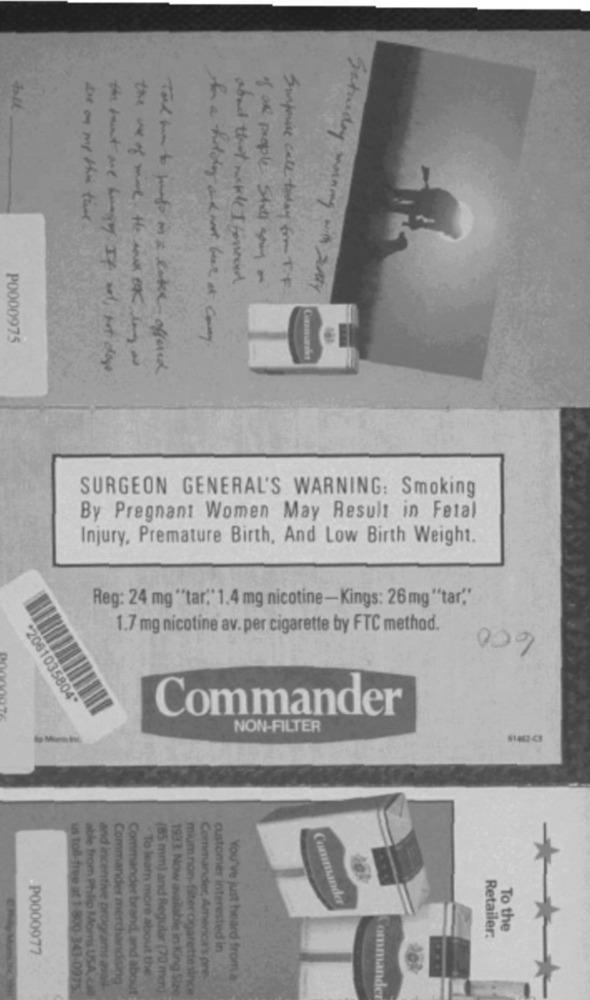
are on my this time.
about that mekle I forward
Surprise call today form TF
Saturday morning with Really
P0000975
The a hotday and nort bear at conny
the use of mine, the soul Of long as
the runt are hungry If not, hot dogs
Told him to junto in a lake offered
SURGEON GENERAL'S WARNING: Smoking
By Pregnant Women May Result in Fetal
Injury, Premature Birth, And Low Birth Weight.
Reg: 24 mg "tar" 1.4 mg nicotine-Kings: 26mg"tar""
1.7 mg nicotine av. per cigarette by FTC method.
000
2061035804*
Commander
NON-FILTER
Commander
To the
Retailer.
P0000977
To learn more about the
customer interested in
and incentive programs avas
Commander merchandising
mium non-fiter cigarettesinc
Commander, America's pre-
You've just heard from a
us toll-free at 1-800-343-0975.
able from Philip Moms USA, call
(85 mm) and Regular (70 mm)
1933. Now available in King Size
Commander
Commander brand, and about